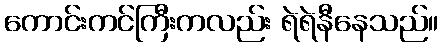
ကောင်းကင်ကြီးကလည်း ရဲရဲနီနေသည်။